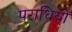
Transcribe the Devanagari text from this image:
पराधियों